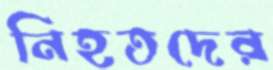
নিহতদের